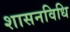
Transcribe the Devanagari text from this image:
शासनविधि